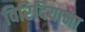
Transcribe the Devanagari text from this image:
विरिदियाना